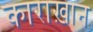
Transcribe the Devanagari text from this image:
काराख़ान